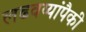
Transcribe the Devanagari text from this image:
लढवय्यांपैकी